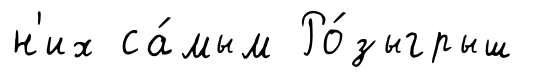
н'их са́мым Ро́зыгрыш